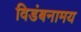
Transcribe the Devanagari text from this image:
विडंबनामय